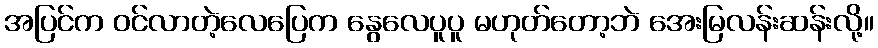
အပြင်က ဝင်လာတဲ့လေပြေက နွေလေပူပူ မဟုတ်တော့ဘဲ အေးမြလန်းဆန်းလို့။